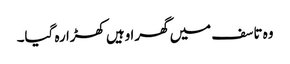
وہ تاسف میں گھرا وہیں کھڑا رہ گیا۔